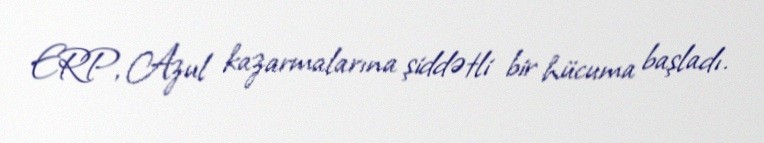
ERP, Azul kazarmalarına şiddətli bir hücuma başladı.